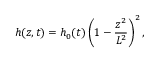
h ( z , t ) = h _ { 0 } ( t ) \left( 1 - \frac { z ^ { 2 } } { L ^ { 2 } } \right) ^ { 2 } ,